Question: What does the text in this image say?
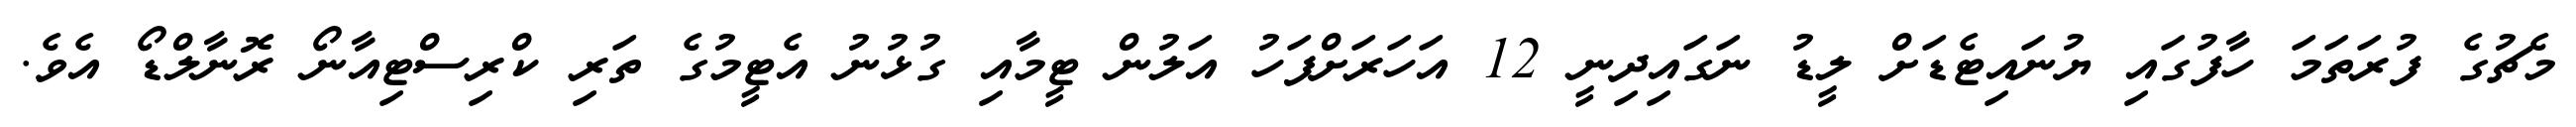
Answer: މެޗުގެ ފުރަތަމަ ހާފުގައި ޔުނައިޓެޑަށް ލީޑު ނަގައިދިނީ 12 އަހަރަށްފަހު އަލުން ޓީމާއި ގުޅުނު އެޓީމުގެ ތަރި ކްރިސްޓިއާނޯ ރޮނާލްޑޯ އެވެ.